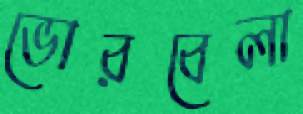
ভোরবেলা